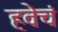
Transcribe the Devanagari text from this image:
हवेचं